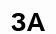
ЗА